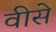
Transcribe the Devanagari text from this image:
वीसे